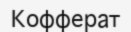
Кофферат